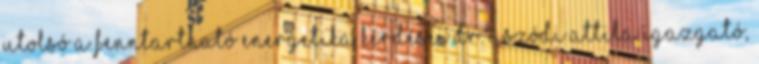
utolsó A fenntartható energetika kérdései Dr. Aszódi Attila igazgató,